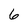
Character: 6